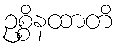
ဥစ္စိနထာတိ